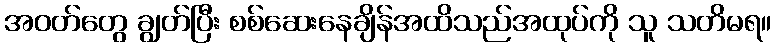
အဝတ်တွေ ချွတ်ပြီး စစ်ဆေးနေချိန်အထိသည်အထုပ်ကို သူ သတိမရ။